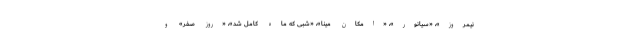
نیمروز»، «سیانور»، «امکان مینا»، «شبی که ماه کامل شد»، «روز صفر» و